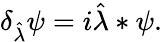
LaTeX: \delta_{\hat{\lambda}}\psi=i\hat{\lambda}\ast\psi.